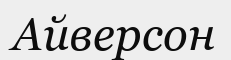
Айверсон